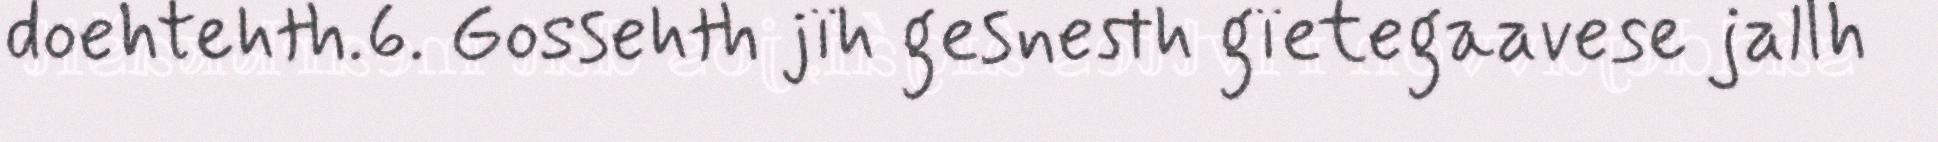
doehtehth.6. Gossehth jïh gesnesth gïetegaavese jallh